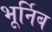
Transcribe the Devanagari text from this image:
भूर्निब